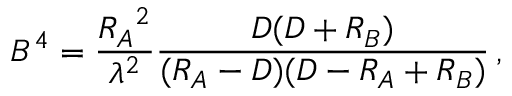
B ^ { 4 } = { \frac { { R _ { A } } ^ { 2 } } { \lambda ^ { 2 } } } { \frac { D ( D + R _ { B } ) } { ( R _ { A } - D ) ( D - R _ { A } + R _ { B } ) } } \, ,